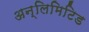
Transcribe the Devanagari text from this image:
अन्लिमिटिड